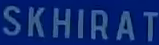
SKHIRAT